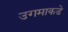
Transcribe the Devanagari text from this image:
उगमाकडे